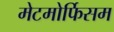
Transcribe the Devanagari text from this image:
मेटमोर्फिसम